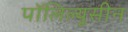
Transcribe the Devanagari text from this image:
पॉलिल्यूसीन